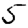
Digit: 5